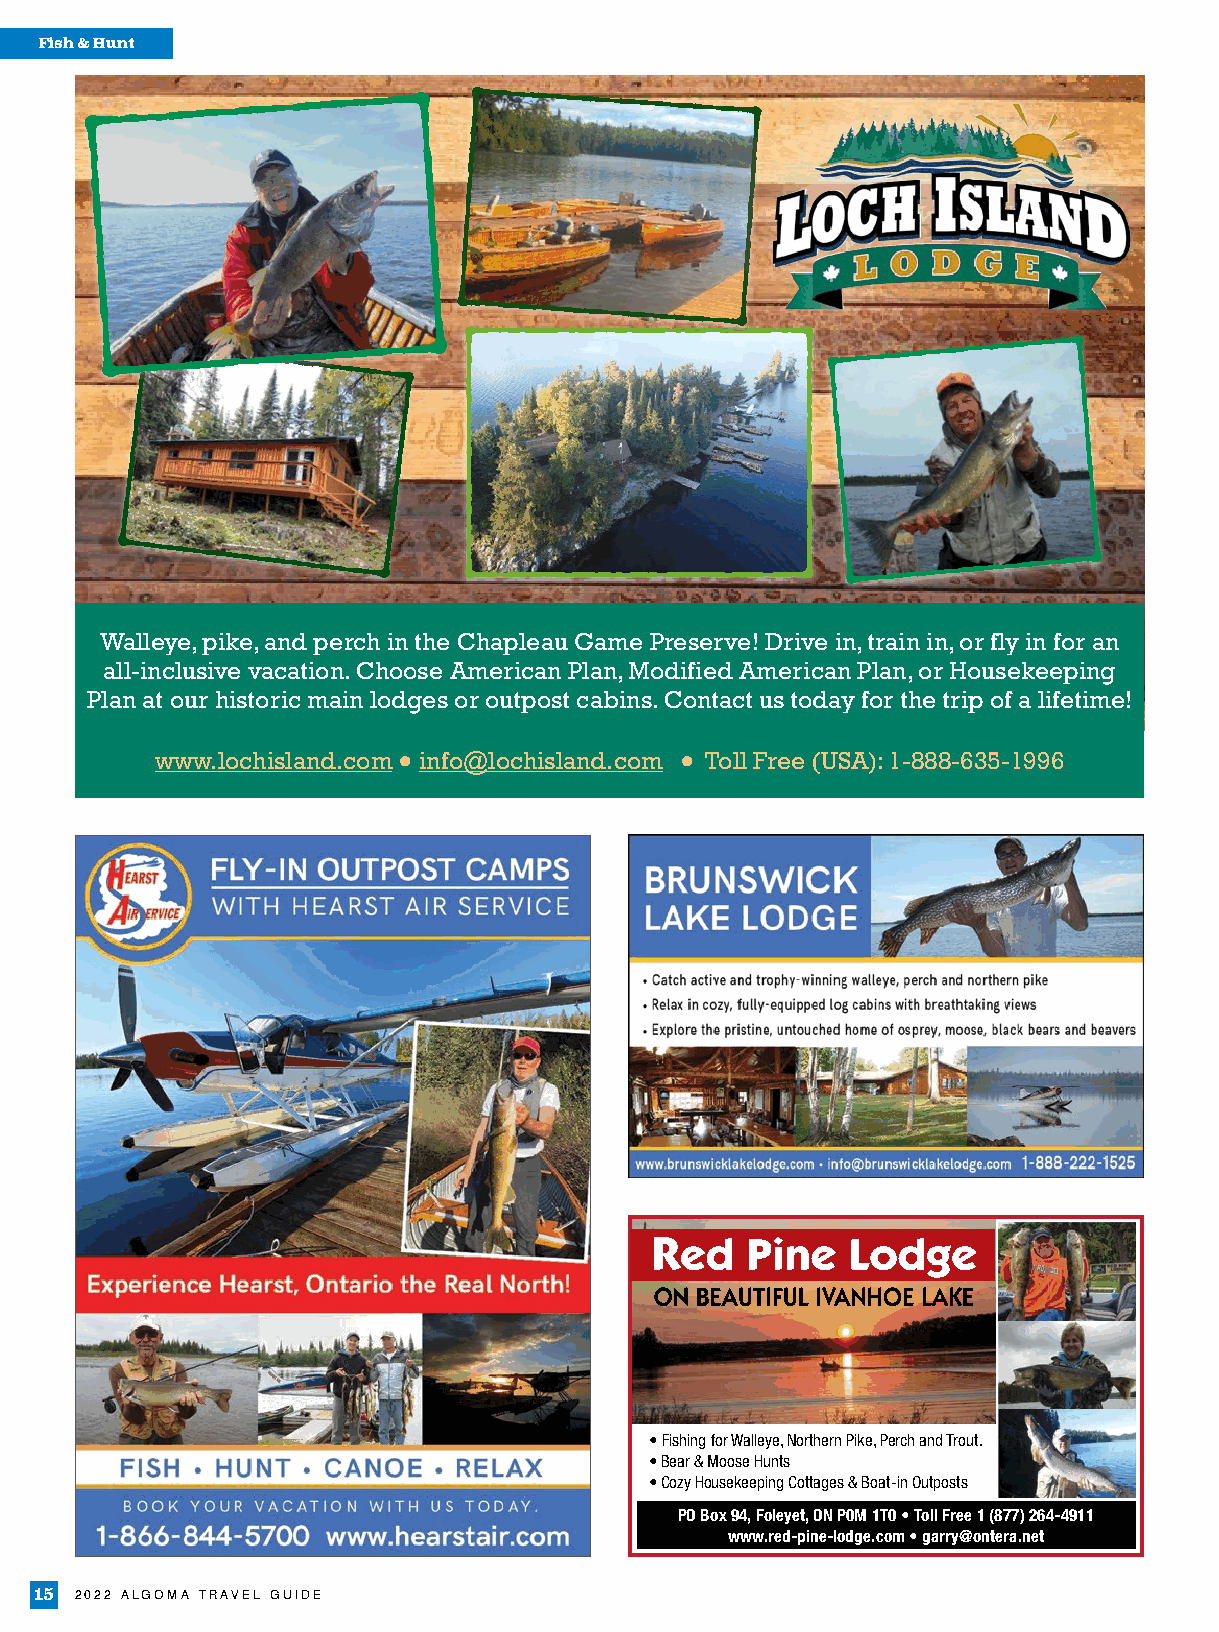
Fish & Hunt
 Walleye, pike, and perch in the Chapleau Game Preserve! Drive in, train in, or fly in for an
 all-inclusive vacation. Choose American Plan, Modified American Plan, or Housekeeping
 Plan at our historic main lodges or outpost cabins. Contact us today for the trip of a lifetime!
 www.lochisland.com info@lochisland.com Toll Free (USA): 1-888-635-1996
 ●                  ●
 • Fishing for Walleye, Northern Pike, Perch and Trout.
 • Bear & Moose Hunts
 • Cozy Housekeeping Cottages & Boat-in Outposts
 PO Box 94, Foleyet, ON P0M 1T0 • Toll Free 1 (877) 264-4911
 www.red-pine-lodge.com • garry@ontera.net
 15 2022 ALGOMA TRAVEL GUIDE